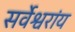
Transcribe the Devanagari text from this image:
सर्वेश्वरांय